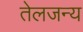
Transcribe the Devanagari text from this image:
तेलजन्य